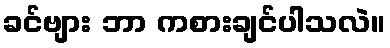
ခင်ဗျား ဘာ ကစားချင်ပါသလဲ။